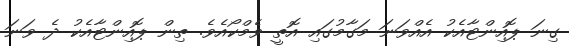
ގިނަ ޕޮއިންޓާއެކު އެއްވަނަ މަގާމުގައި އޮތީ ވެމްކޯއެވެ. ތިން ޕޮއިންޓާއެކު ދެ ވަނަ